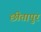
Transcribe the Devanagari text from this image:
छीतापुर